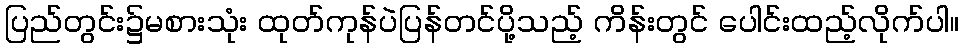
ပြည်တွင်း၌မစားသုံး ထုတ်ကုန်ပဲပြန်တင်ပို့သည့် ကိန်းတွင် ပေါင်းထည့်လိုက်ပါ။